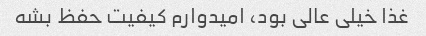
غذا خیلی عالی بود، امیدوارم کیفیت حفظ بشه